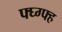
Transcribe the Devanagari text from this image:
फ्घ्ग्फ्ह